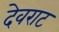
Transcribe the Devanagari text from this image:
देवराट